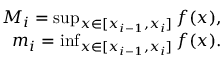
\begin{array} { r } { M _ { i } = \operatorname* { s u p } _ { x \in [ x _ { i - 1 } , x _ { i } ] } f ( x ) , } \\ { m _ { i } = \operatorname* { i n f } _ { x \in [ x _ { i - 1 } , x _ { i } ] } f ( x ) . } \end{array}